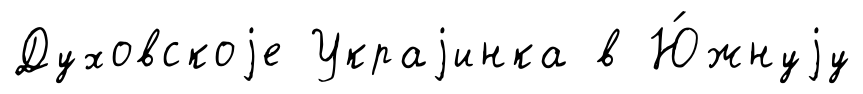
Духовскоjе Украjинка в Ю́жнуjу